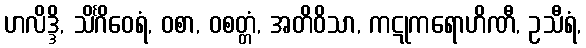
ဟလိဒ္ဒိ, သိင်္ဂိဝေရံ, ဝစာ, ဝစတ္တံ, အတိဝိသာ, ကဋုကရောဟိဏီ, ဥသီရံ,